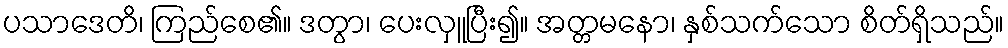
ပသာဒေတိ၊ ကြည်စေ၏။ ဒတွာ၊ ပေးလှူပြီး၍။ အတ္တမနော၊ နှစ်သက်သော စိတ်ရှိသည်။